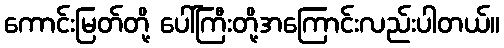
ကောင်းမြတ်တို့ ပေါ်ကြီးတို့အကြောင်းလည်းပါတယ်။